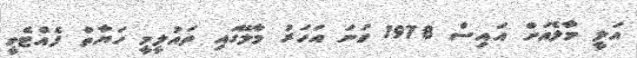
އަލީ މާލެއަށް އައިސް 1978 ވަނަ އަހަރު މާލޭގައި ތައުލީމީ ހަޔާތް ފެއްޓެވީ